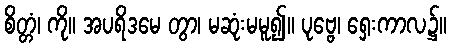
စိတ္တံ၊ ကို။ အပရိဒမေ တွာ၊ မဆုံးမမူ၍။ ပုဗ္ဗေ၊ ရှေးကာလ၌။